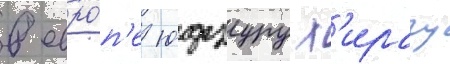
в евро́п'е юдзуру х'ирагу